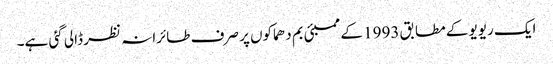
ایک ریویو کے مطابق 1993 کے ممبئی بم دھماکوں پر صرف طائرانہ نظر ڈالی گئی ہے۔